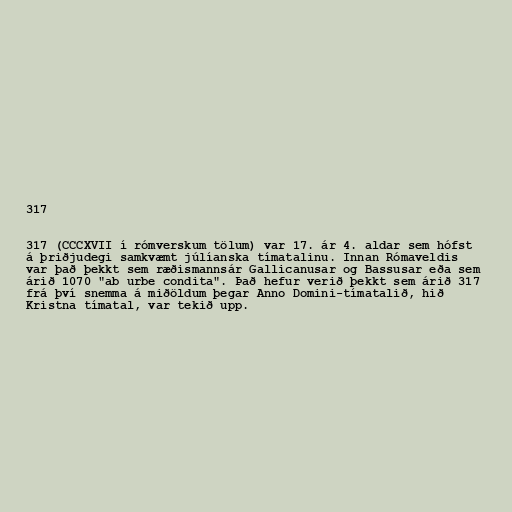
317

317 (CCCXVII í rómverskum tölum) var 17. ár 4. aldar sem hófst
á þriðjudegi samkvæmt júlíanska tímatalinu. Innan Rómaveldis
var það þekkt sem ræðismannsár Gallicanusar og Bassusar eða sem
árið 1070 "ab urbe condita". Það hefur verið þekkt sem árið 317
frá því snemma á miðöldum þegar Anno Domini-tímatalið, hið
Kristna tímatal, var tekið upp.